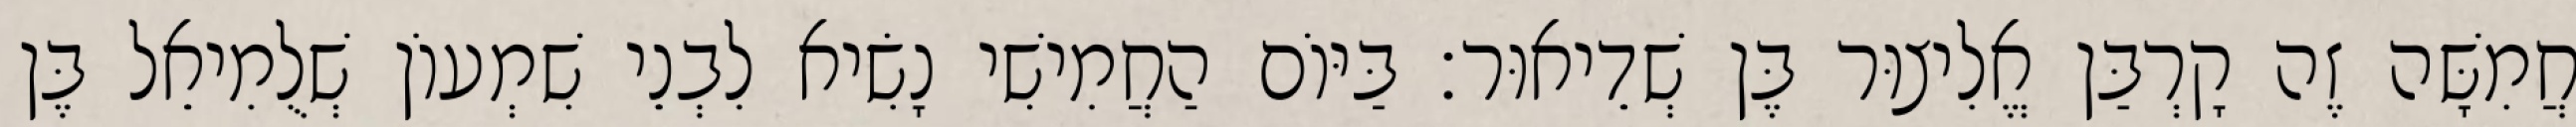
חֲמִשָּׁה זֶה קָרְבַּן אֱלִיצוּר בֶּן שְׁדֵיאוּר׃ בַּיּוֹם הַחֲמִישִׁי נָשִׂיא לִבְנֵי שִׁמְעוֹן שְׁלֻמִיאֵל בֶּן